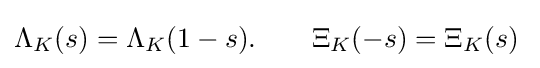
\Lambda _{K}(s)=\Lambda _{K}(1-s).\qquad \Xi _{K}(-s)=\Xi _{K}(s)\;